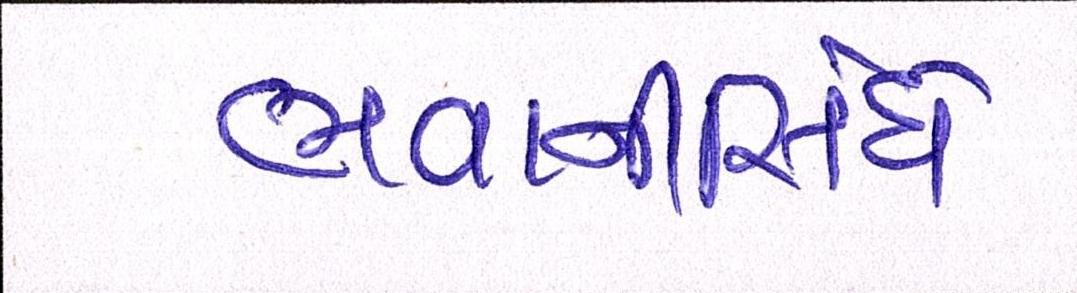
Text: ભવાનીસિંઘે